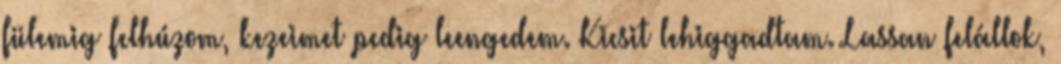
fülemig felhúzom, kezeimet pedig leengedem. Kicsit lehiggadtam. Lassan felállok,